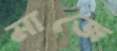
মাজে